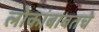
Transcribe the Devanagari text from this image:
लोकांबाबतचे